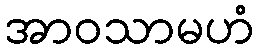
အာဝသာမဟံ